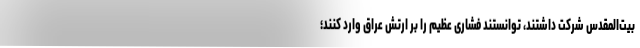
بیت‌المقدس شرکت داشتند، توانستند فشاری عظیم را بر ارتش عراق وارد کنند؛